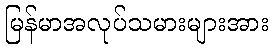
မြန်မာအလုပ်သမားများအား